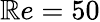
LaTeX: \mathbb{R}e=50